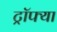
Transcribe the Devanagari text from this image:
ट्रॉफ्या